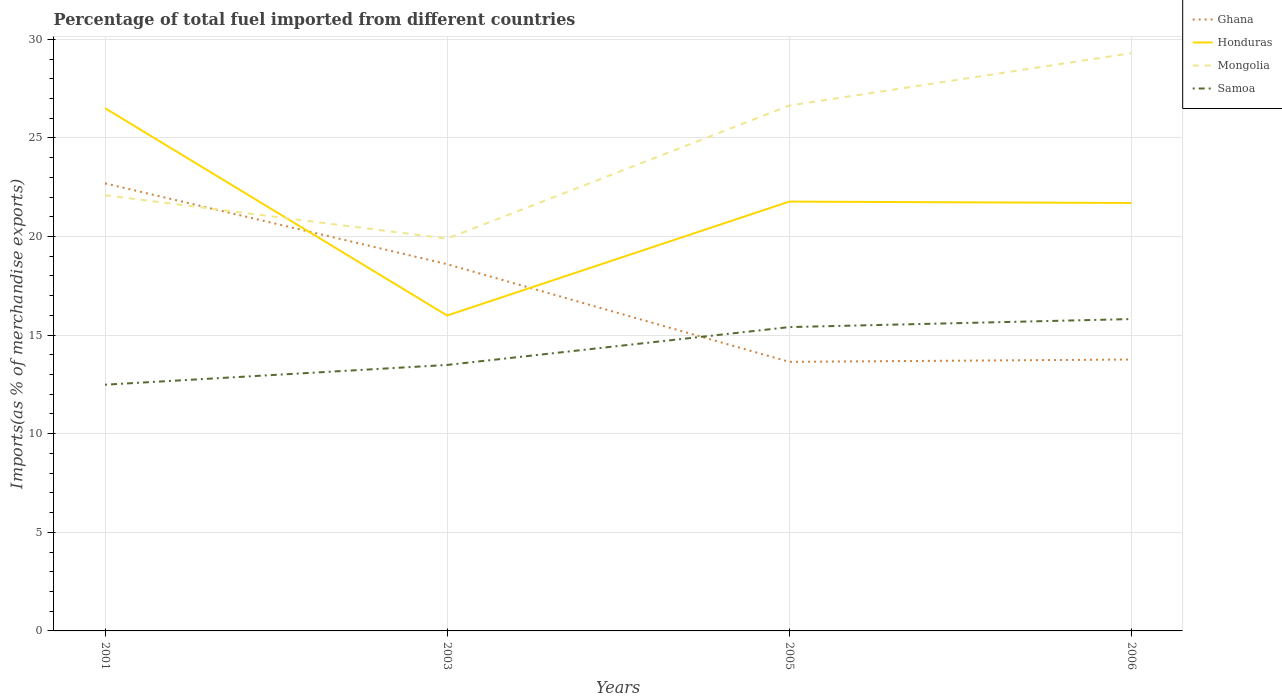
| Years | Ghana | Honduras | Mongolia | Samoa |
 | --- | --- | --- | --- | --- |
 | 2001 | 22.7 | 26.5 | 22.1 | 12.5 |
 | 2003 | 18.6 | 16 | 19.9 | 13.5 |
 | 2005 | 13.6 | 21.8 | 26.6 | 15.4 |
 | 2006 | 13.8 | 21.7 | 29.3 | 15.8 |